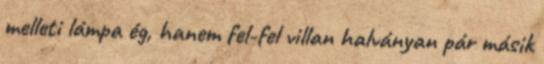
melleti lámpa ég, hanem fel-fel villan halványan pár másik